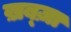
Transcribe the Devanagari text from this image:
ख़ब्ज़ा